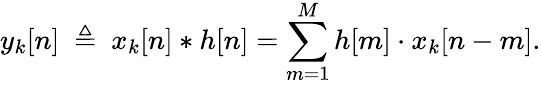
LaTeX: y_{k}[n]\ \triangleq\ x_{k}[n]*h[n]=\sum_{m=1}^{M}h[m]\cdot x_{k}[n-m].